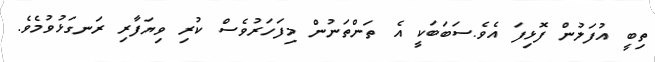
ތިބީ އުފަލުން ފޮޅިފަ އެވެ.ސަބަބަކީ އެ ތަންތަނުން މިފަހަރުވެސް ކުރި ވިޔަފާރި ރަނގަޅުވުމެވެ.